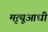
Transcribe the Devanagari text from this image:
मृत्यूआधी